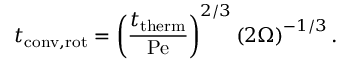
t _ { \mathrm { c o n v , r o t } } = \left( { \frac { t _ { \mathrm { t h e r m } } } { \mathrm { P e } } } \right) ^ { 2 / 3 } \left( 2 \Omega \right) ^ { - 1 / 3 } .